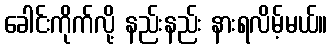
ခေါင်းကိုက်လို့ နည်းနည်း နားရလိမ့်မယ်။